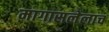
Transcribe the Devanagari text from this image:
मागासलेलाच